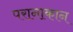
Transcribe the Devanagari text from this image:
परानाकान